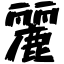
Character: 麗